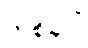
တစ်ခုပါ